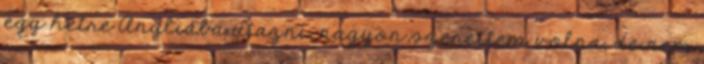
egy hétre Angliába utazni, nagyon szerettem volna, de nem